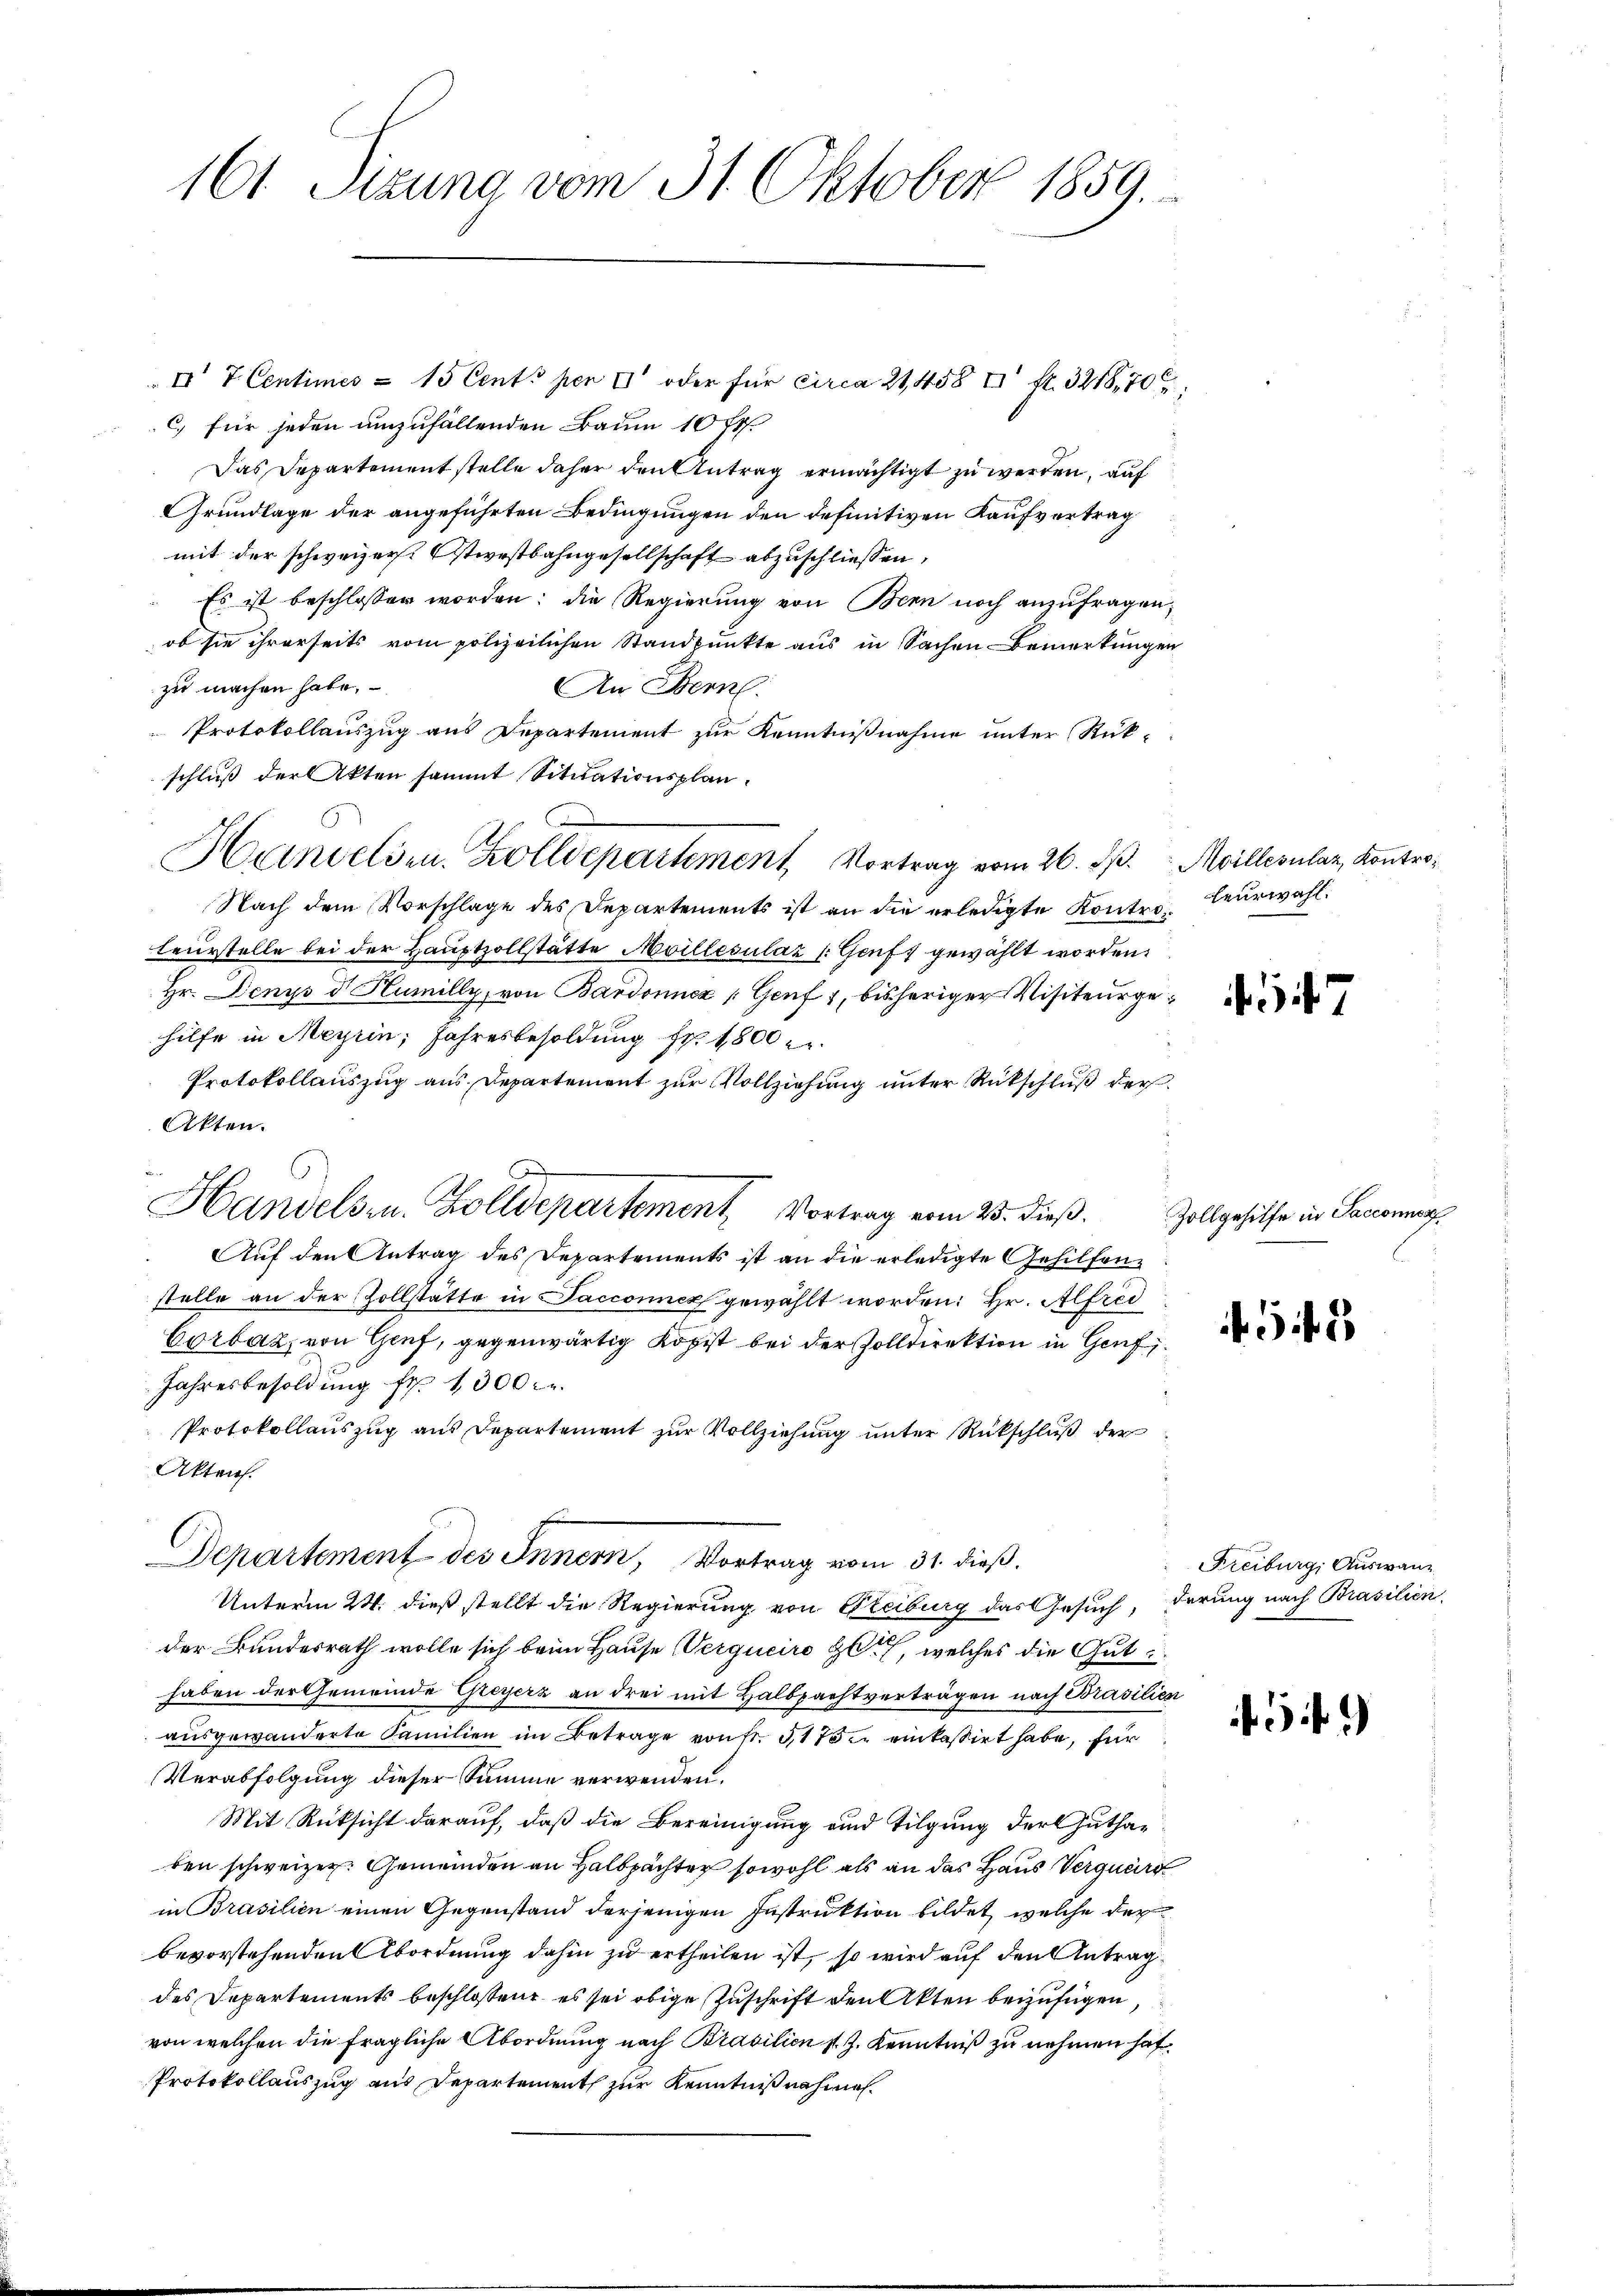
161 Sizung vom 31. Oktober 1859.

II 7. Centimes - 15 Cents per II oder für circa 21,458 u. fr. 321,70
C. für jeden unzufallenden Baum 10 fr.
Das Departement stelle daher den Antrag ermächtigt zu werden, auf
Grundlage der angeführten Bedingungen den definitiven Kaufvertrag
mit der schweizer. Stiestbahngesellschaft abzuschliessen,
Es ist beschlossen worden; die Regierung von Bern noch anzufragen,
ob sie ihrerseits vom polizeilichen Standpunkte aus in Sachen Bemerkungen
zu machen habe.
An Bern.
Protokollauszug aus Departement zur Kenntnißnahme unter Rückschluß der Akten sammt Situationsplan.
Handelsen. Zolldepartement, Vortrag vom 26. ds. Millerulaz, Kontro¬
Nach dem Vorschlage des Departements ist an die erledigte Kontroleurstelle bei der Hauptzollstätte Moillecular (Genf, gewählt worden.
Hr. Denys d Humilly, von Bardonner (Genf 1, bisheriger Visiteurgehilfe in Meyrin, Jahresbesoldung Fr. 1800
Protokollauszug aus Departement zur Vollziehung unter Rückschluß der
Akten.
Auf den Antrag des Departements ist an die erledigte Gehilfenstelle an der Zollstätte in Sacconnex gewählt worden: Hr. Alfred
Corbaz, von Genf, gegenwärtig Kopist bei der Zolldirektion in Genf 1
Jahresbesoldung fr. 1300.
Protokollauszug aus Departement zur Vollziehung unter Rückschluß der
Akten.
Departement des Innern, Vortrag vom 31. dieß.
Unterm 24. dieß stellt die Regierung von Freiburg das Gesuch, derung nach Brasilien,
der Bundesrath wolle sich beim Hause Vergucire alt, welches die Gut
haben der Gemeinde Greyerz an drei mit Halbpachtverträgen nach Brasilien
ausgewanderte Familien im Betrage von fr. 317 in einkassirt habe, für
Verabfolgung dieser Summe verwenden.
Mit Rüksicht darauf, daß die Bereinigung und Tilgung der Guthaben schweizer. Gemeinden an Halbpächter sowohl als an das Haus Verguer
in Brasilien einen Gegenstand derjenigen Instruktion bildet, welche der
bevorstehenden Abordnung dahin zu ertheilen ist, so wird auf den Antragdes Departements beschlossen, es sei obige Zuschrift den Akten beizufügen,
von welchen die fragliche Abordnung nach Brasilien s. Z. Kenntniß zu nehmen hat.
Protokollauszug aus Departement zur Kenntnißnahmen.

Handelsen. Zolldepartement, Vortrag vom 25. dieß.

heurwahl.

t

Zollgehilfe in Sacconner

548

451)

Freiburg, Auswan¬